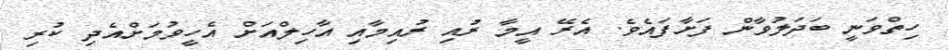
ހިތްވަނީ ބަދަލުވާން ފަށާފައެވެ. އެރޭ އީމާ ރުއި ރުއިމާއި އާހިލްއަށް އެހީވުމަށްއެދި ކުރި